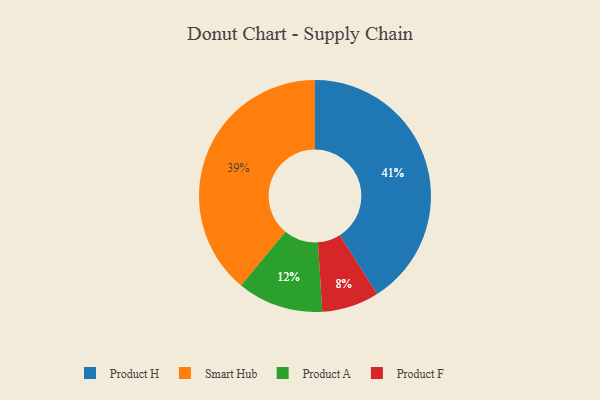
{"axis": {"x": "Category", "y": "Percentage"}, "legend": ["Product A", "Product F", "Product H", "Smart Hub"], "data": [{"x": "Product A", "y": 12, "type": "Product A"}, {"x": "Product H", "y": 41, "type": "Product H"}, {"x": "Smart Hub", "y": 39, "type": "Smart Hub"}, {"x": "Product F", "y": 8, "type": "Product F"}]}